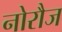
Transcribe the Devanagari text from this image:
नोरौज